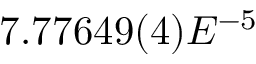
7 . 7 7 6 4 9 ( 4 ) E ^ { - 5 }